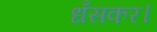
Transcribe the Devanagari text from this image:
धँसकर।